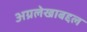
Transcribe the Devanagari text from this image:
अग्रलेखाबद्दल